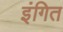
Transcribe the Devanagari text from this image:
इंगित